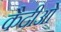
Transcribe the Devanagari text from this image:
कैदीओं